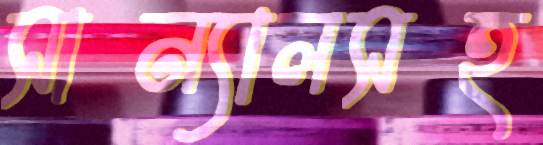
সান্যালসহ